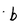
Character: b